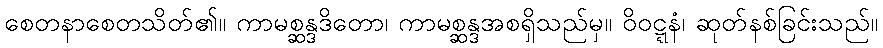
စေတနာစေတသိတ်၏။ ကာမစ္ဆန္ဒဒိတော၊ ကာမစ္ဆန္ဒအစရှိသည်မှ။ ဝိဝဋ္ဋနံ၊ ဆုတ်နစ်ခြင်းသည်။